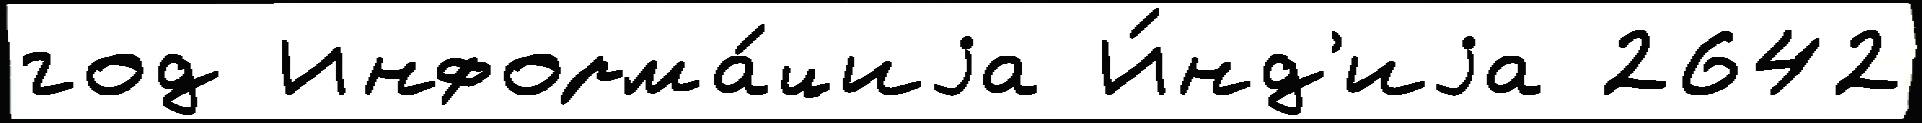
год Информа́циjа И́нд'иjа 2642